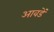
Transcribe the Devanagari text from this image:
आवडें